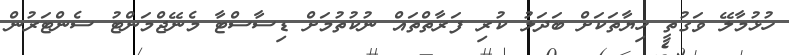
ހުޅުމާލޭ ވަގުތީ ހިޔާތަކަށް ބަދަލު ކުރި ފަރާތްތައް ނުކުތުމަށް ޑިސާސްޓާ މެނޭޖްމަންޓު ސެންޓަރުން